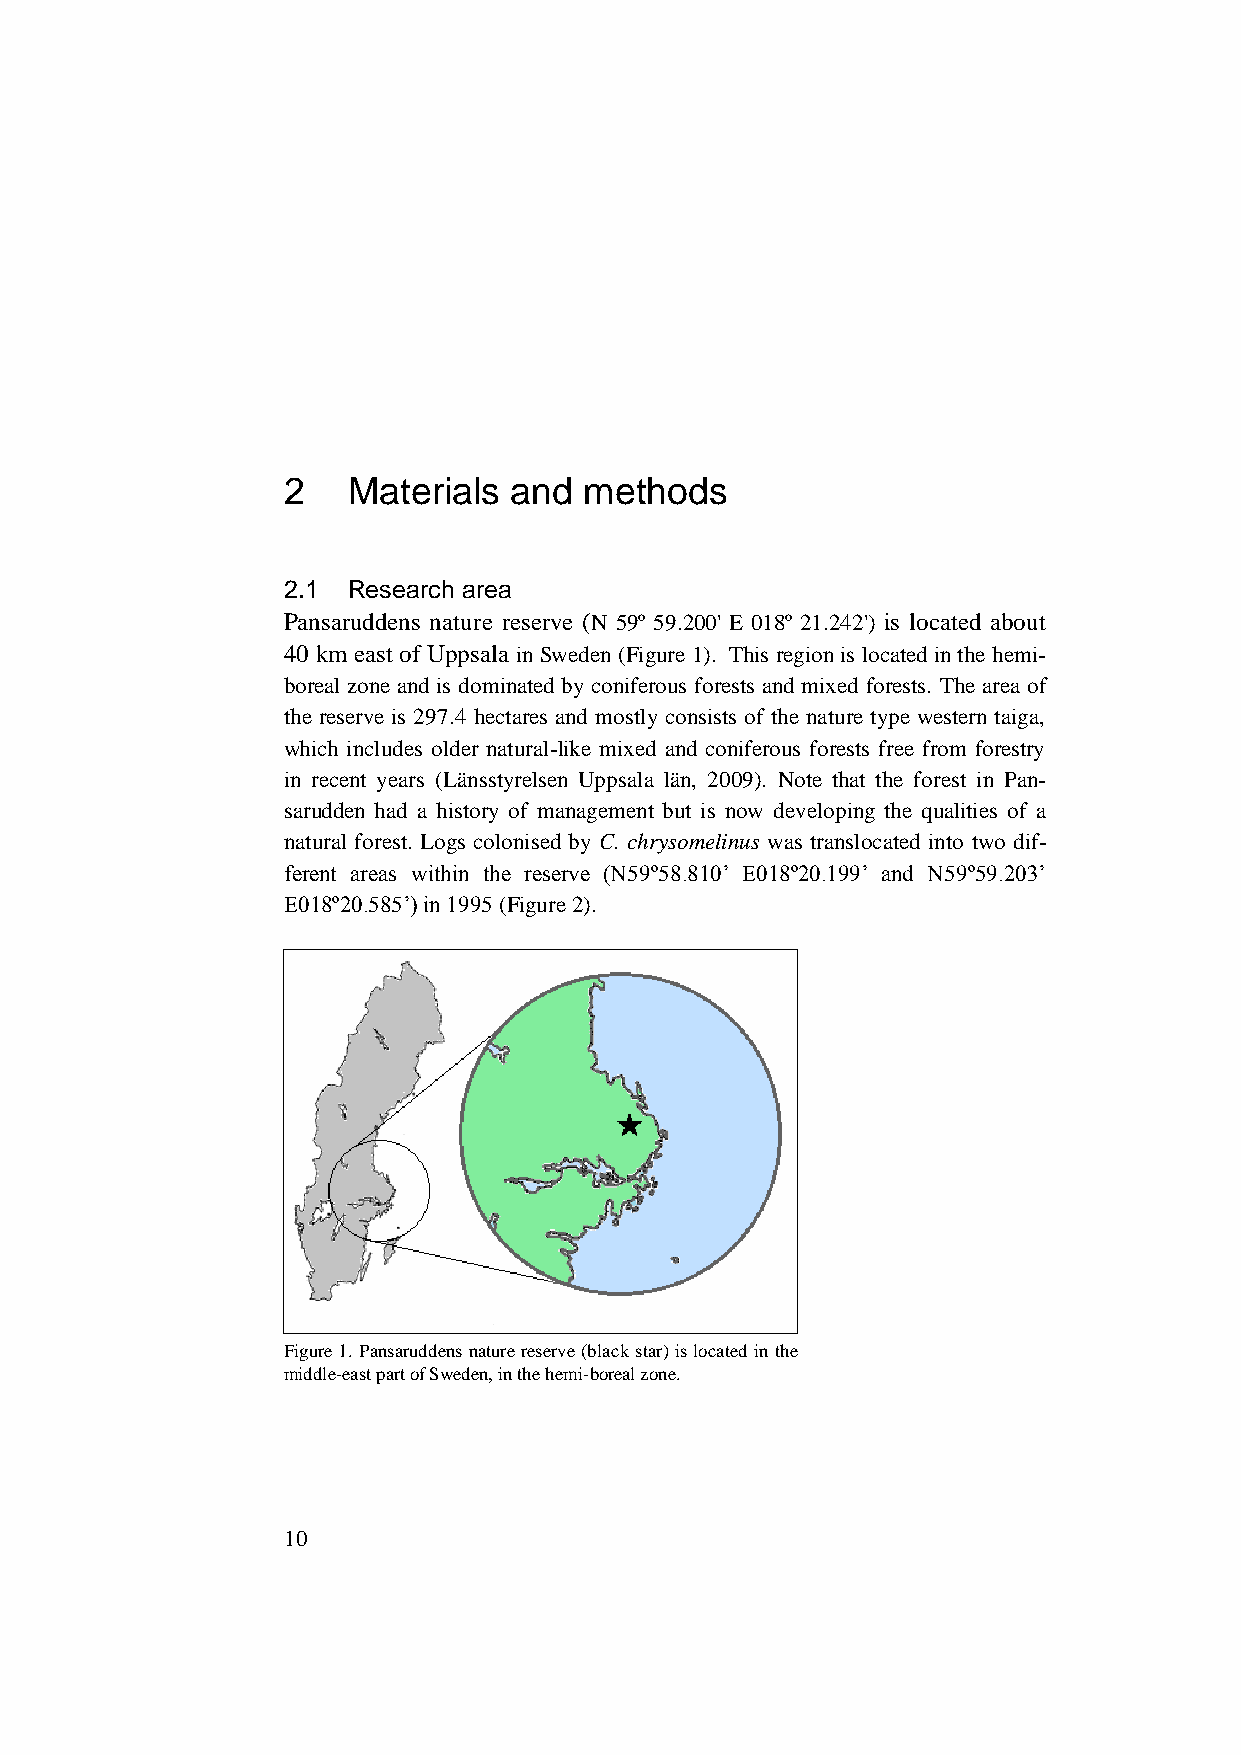
2   Materials  and  methods
 2.1 Research area
 Pansaruddens nature reserve (N 59º 59.200' E 018º 21.242') is located about
 40 km east of Uppsala in Sweden (Figure 1). This region is located in the hemi-
 boreal zone and is dominated by coniferous forests and mixed forests. The area of
 the reserve is 297.4 hectares and mostly consists of the nature type western taiga,
 which includes older natural-like mixed and coniferous forests free from forestry
 in recent years (Länsstyrelsen Uppsala län, 2009). Note that the forest in Pan-
 sarudden had a history of management but is now developing the qualities of a
 natural forest. Logs colonised by C. chrysomelinus was translocated into two dif-
 ferent areas within the reserve (N59º58.810’ E018º20.199’ and N59º59.203’
 E018º20.585’) in 1995 (Figure 2).
 Figure 1. Pansaruddens nature reserve (black star) is located in the
 middle-east part of Sweden, in the hemi-boreal zone.
 10